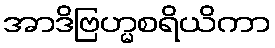
အာဒိဗြဟ္မစရိယိကာ